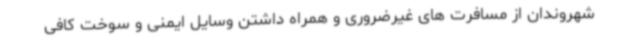
شهروندان از مسافرت های غیرضروری و همراه داشتن وسایل ایمنی و سوخت کافی